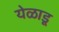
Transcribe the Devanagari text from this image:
येळाडू